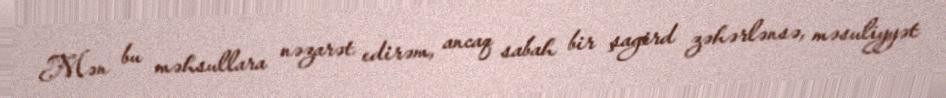
Mən bu məhsullara nəzarət edirəm, ancaq sabah bir şagird zəhərlənsə, məsuliyyət